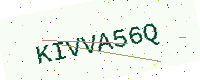
Text: KIVVA56Q